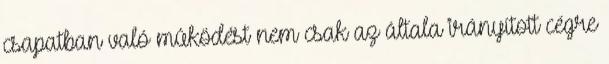
csapatban való mûködést nem csak az általa irányított cégre